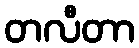
တလီတာ